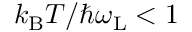
k _ { \mathrm { B } } T / \hbar \omega _ { \mathrm { L } } < 1